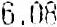
6.08